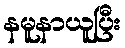
နမူနာယူပြီး